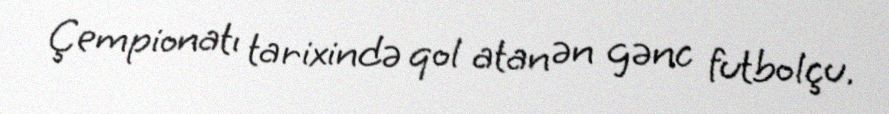
Çempionatı tarixində qol atan ən gənc futbolçu.